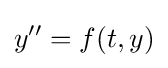
y''=f(t,y)